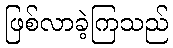
ဖြစ်လာခဲ့ကြသည်